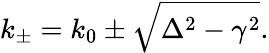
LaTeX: k_{\pm}=k_{0}\pm\sqrt{\Delta^{2}-\gamma^{2}}.